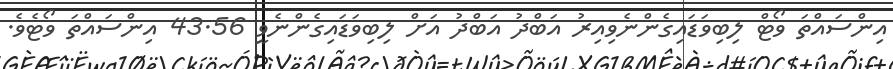
އިންސައްތަ ވޯޓް ލިބިވަޑައިގެންނެވިއިރު އަބްދު އަބްދު އަށް ލިބިވަޑައިގެންނެވީ 43.56 އިންސައްތަ ވޯޓެވެ.